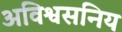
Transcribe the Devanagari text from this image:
अविश्वसनिय